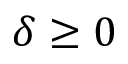
\delta \geq 0